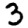
Digit: 3